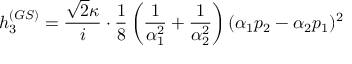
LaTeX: h _ { 3 } ^ { ( G S ) } = \frac { \sqrt { 2 } \kappa } { i } \cdot \frac { 1 } { 8 } \left( \frac { 1 } { \alpha _ { 1 } ^ { 2 } } + \frac { 1 } { \alpha _ { 2 } ^ { 2 } } \right) ( \alpha _ { 1 } p _ { 2 } - \alpha _ { 2 } p _ { 1 } ) ^ { 2 } ~